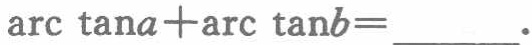
$\arctan a+\arctan b = \_\_\_\_.$